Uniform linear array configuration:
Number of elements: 4
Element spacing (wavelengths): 1
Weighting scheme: hann
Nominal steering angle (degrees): -30
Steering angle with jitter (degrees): -28.925
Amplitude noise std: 0.05
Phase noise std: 0.05

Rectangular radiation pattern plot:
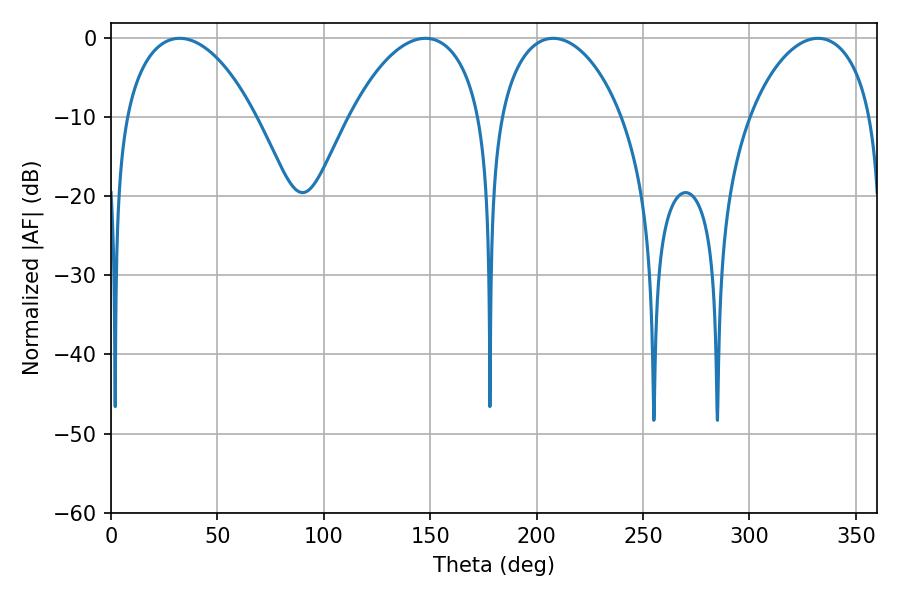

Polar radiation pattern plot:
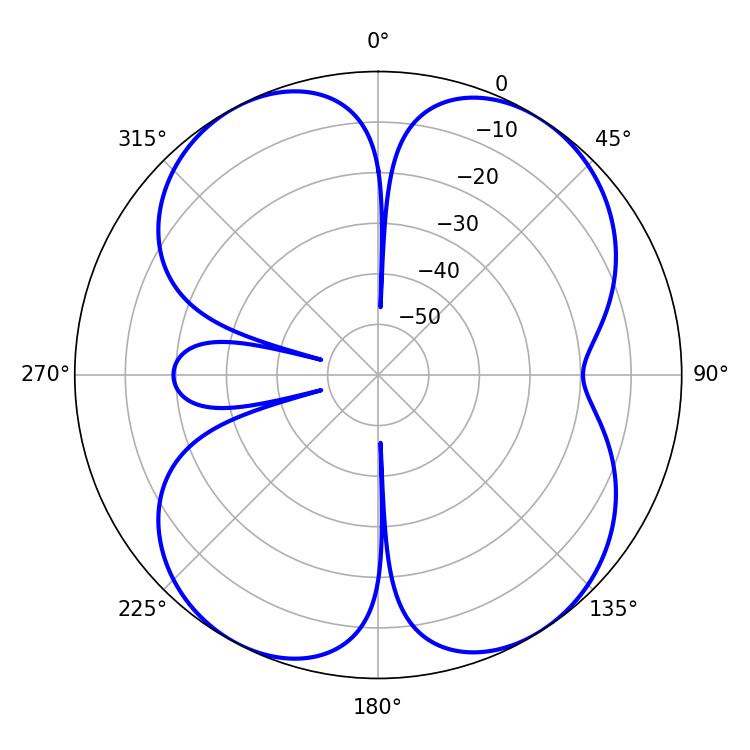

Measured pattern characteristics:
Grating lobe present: TRUE
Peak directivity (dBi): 11.544
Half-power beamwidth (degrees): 34.92
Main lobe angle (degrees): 32.22